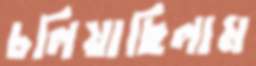
চলিয়াছিলাম